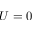
U = 0